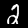
Digit: 2